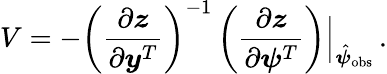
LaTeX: V=-\left(\frac{\partial\boldsymbol{z}}{\partial\boldsymbol{y}^{T}}\right)^{-1}\left(\frac{\partial\boldsymbol{z}}{\partial\boldsymbol{\boldsymbol{\psi}}^{T}}\right)\Bigr|_{\hat{\boldsymbol{\psi}}_{\mathrm{obs}}}\, .